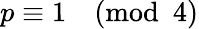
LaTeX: p\equiv 1{\pmod{4}}